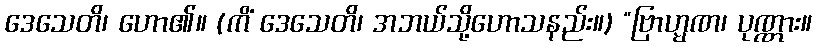
ဒေသေတိ၊ ဟော၏။ (ကိံ ဒေသေတိ၊ အဘယ်သို့ဟောသနည်း။) “ဗြာဟ္မဏ၊ ပုဏ္ဏား။